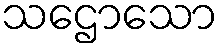
သဌောသော